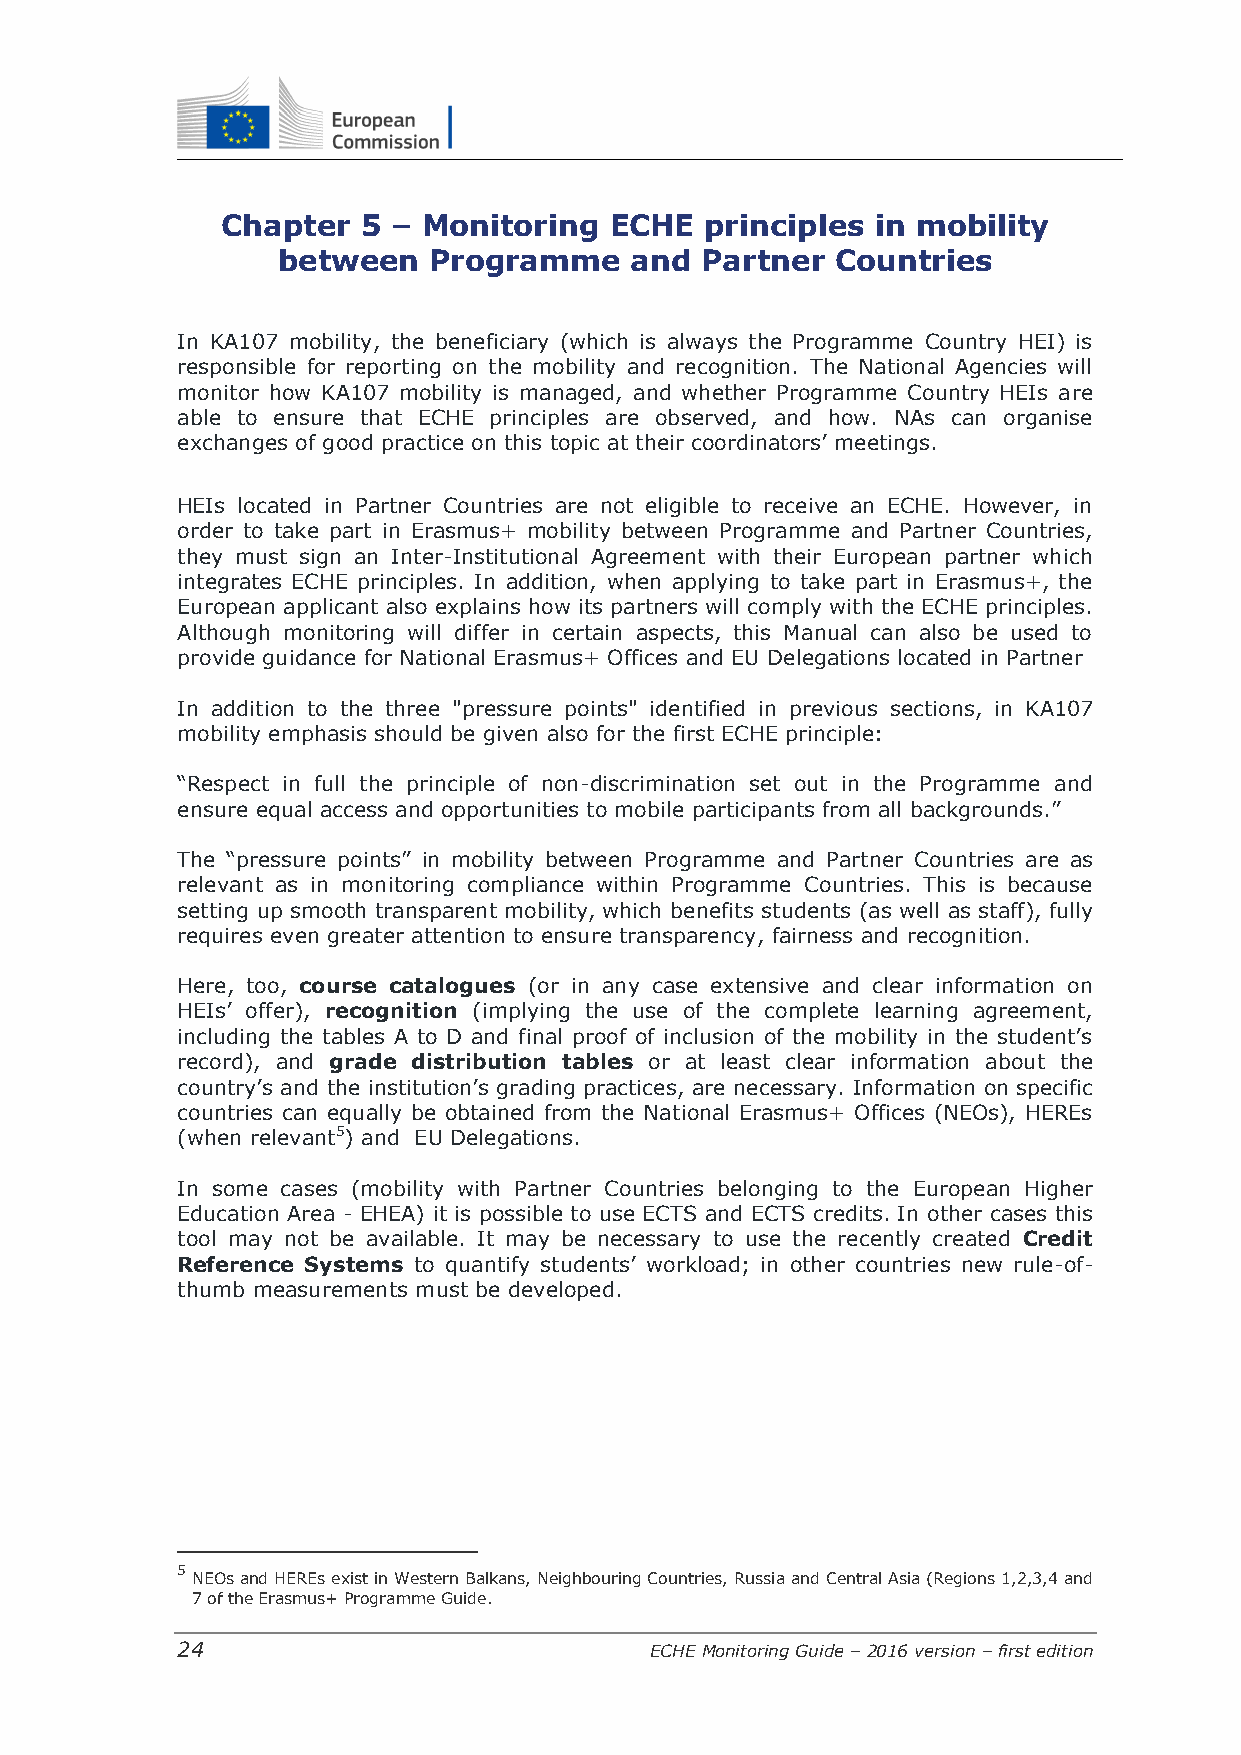
Chapter  5 – Monitoring  ECHE   principles in mobility
 between   Programme     and Partner  Countries
 In KA107 mobility, the beneficiary (which is always the Programme Country HEI) is
 responsible for reporting on the mobility and recognition. The National Agencies will
 monitor how KA107 mobility is managed, and whether Programme Country HEIs are
 able to ensure that ECHE principles are observed, and how. NAs can organise
 exchanges of good practice on this topic at their coordinators’ meetings.
 HEIs located in Partner Countries are not eligible to receive an ECHE. However, in
 order to take part in Erasmus+ mobility between Programme and Partner Countries,
 they must sign an Inter-Institutional Agreement with their European partner which
 integrates ECHE principles. In addition, when applying to take part in Erasmus+, the
 European applicant also explains how its partners will comply with the ECHE principles.
 Although monitoring will differ in certain aspects, this Manual can also be used to
 provide guidance for National Erasmus+ Offices and EU Delegations located in Partner
 In addition to the three "pressure points" identified in previous sections, in KA107
 mobility emphasis should be given also for the first ECHE principle:
 “Respect in full the principle of non-discrimination set out in the Programme and
 ensure equal access and opportunities to mobile participants from all backgrounds.”
 The “pressure points” in mobility between Programme and Partner Countries are as
 relevant as in monitoring compliance within Programme Countries. This is because
 setting up smooth transparent mobility, which benefits students (as well as staff), fully
 requires even greater attention to ensure transparency, fairness and recognition.
 Here, too, course catalogues (or in any case extensive and clear information on
 HEIs’ offer), recognition (implying the use of the complete learning agreement,
 including the tables A to D and final proof of inclusion of the mobility in the student’s
 record), and grade distribution tables or at least clear information about the
 country’s and the institution’s grading practices, are necessary. Information on specific
 countries can equally be obtained from the National Erasmus+ Offices (NEOs), HEREs
 (when relevant5) and EU Delegations.
 In some cases (mobility with Partner Countries belonging to the European Higher
 Education Area - EHEA) it is possible to use ECTS and ECTS credits. In other cases this
 tool may not be available. It may be necessary to use the recently created Credit
 Reference Systems to quantify students’ workload; in other countries new rule-of-
 thumb measurements must be developed.
 5
 NEOs and HEREs exist in Western Balkans, Neighbouring Countries, Russia and Central Asia (Regions 1,2,3,4 and
 7 of the Erasmus+ Programme Guide.
 24                             ECHE Monitoring Guide – 2016 version – first edition